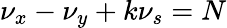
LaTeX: \nu_{x}-\nu_{y}+k\nu_{s}=N